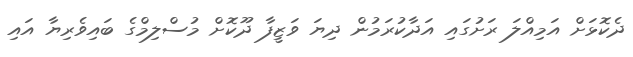
ދެކޮޅަށް އަމިއްލަ ރަށުގައި އަދާކުރަމުން ދިޔަ ވަޒީފާ ދޫކޮށް މުސްލިމްގެ ބައިވެރިޔާ އައި